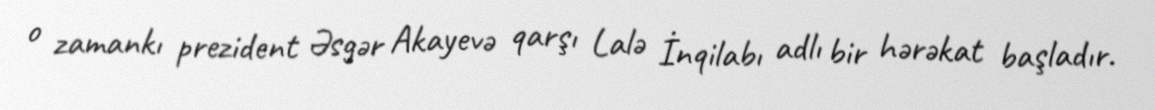
o zamankı prezident Əsgər Akayevə qarşı Lalə İnqilabı adlı bir hərəkat başladır.